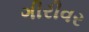
ગીરીવર